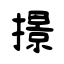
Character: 撔